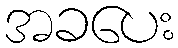
အခပေး